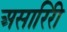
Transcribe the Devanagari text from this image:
असारिरी